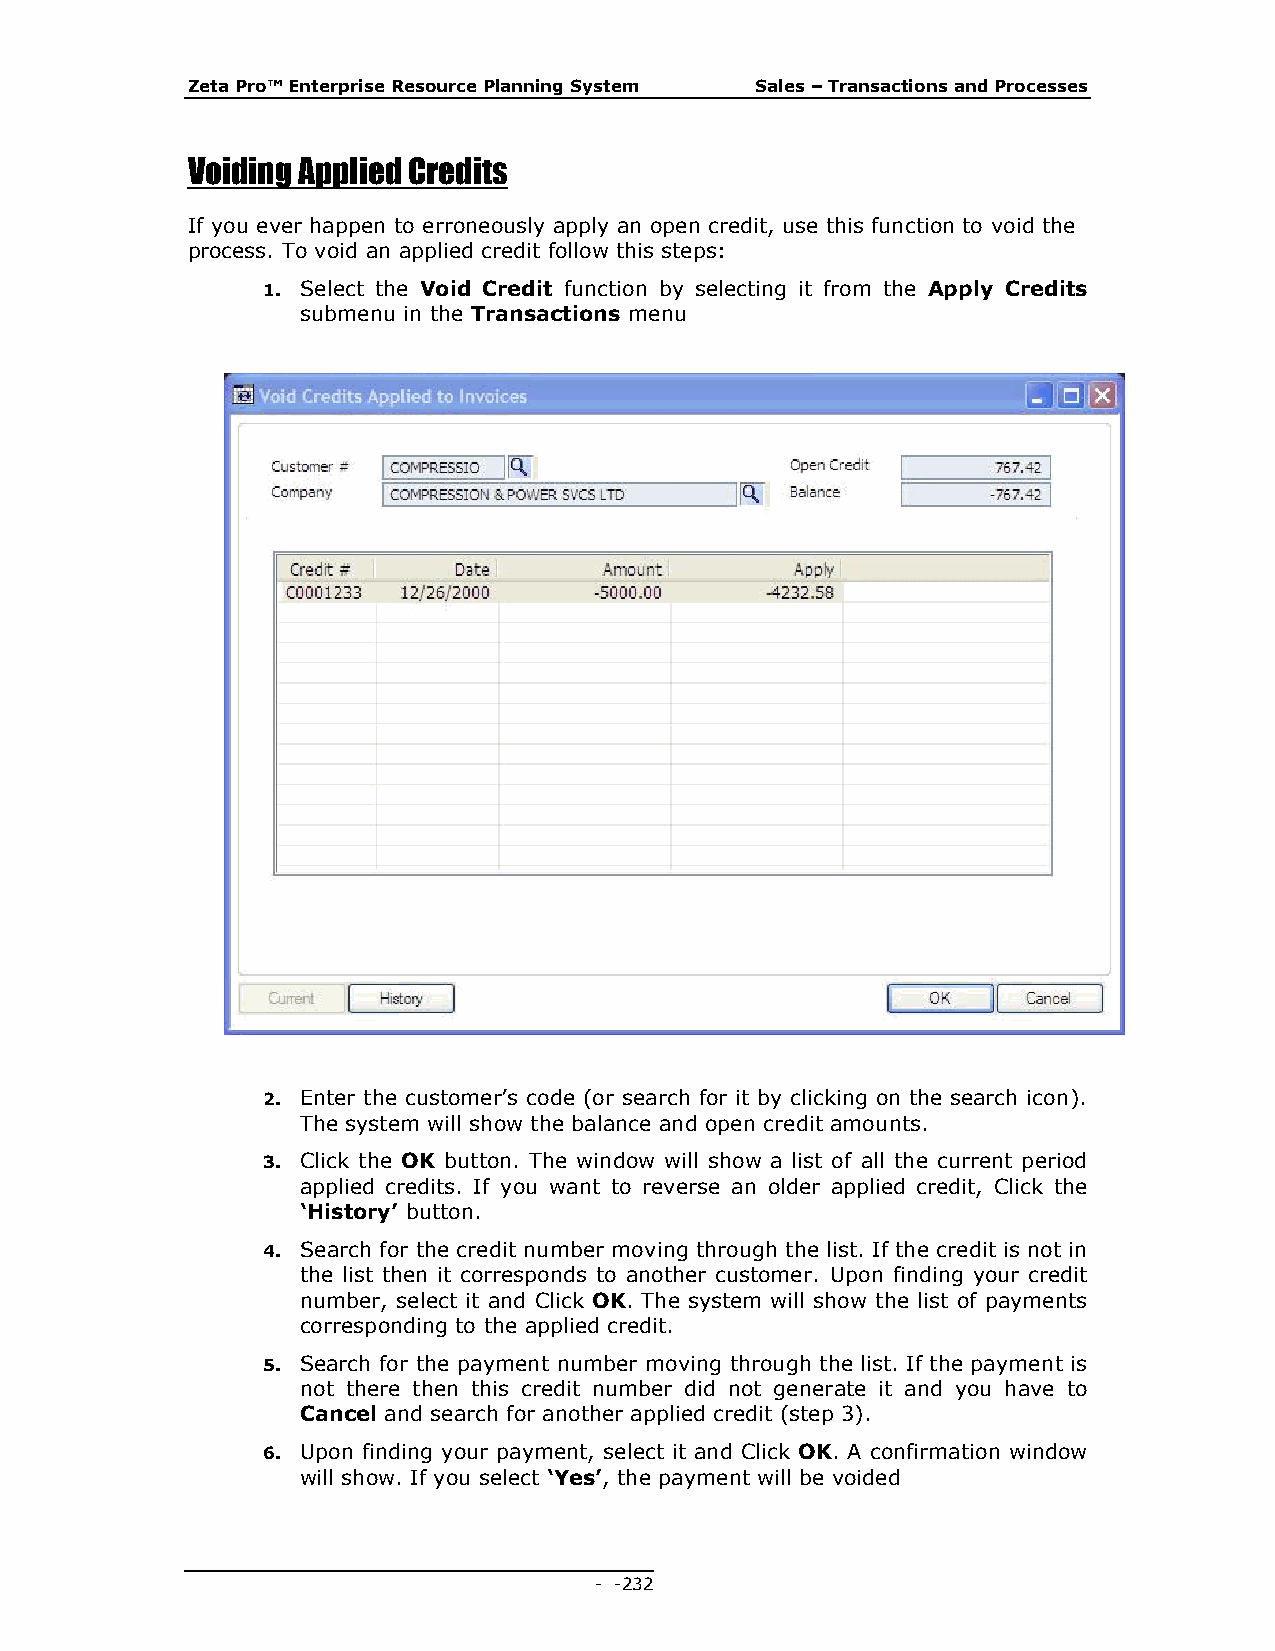
Zeta Pro™ Enterprise Resource Planning System Sales – Transactions and Processes
 Voiding Applied Credits
 If you ever happen to erroneously apply an open credit, use this function to void the
 process. To void an applied credit follow this steps:
 1. Select the Void Credit function by selecting it from the Apply Credits
 submenu in the Transactions menu
 2. Enter the customer’s code (or search for it by clicking on the search icon).
 The system will show the balance and open credit amounts.
 3. Click the OK button. The window will show a list of all the current period
 applied credits. If you want to reverse an older applied credit, Click the
 ‘History’ button.
 4. Search for the credit number moving through the list. If the credit is not in
 the list then it corresponds to another customer. Upon finding your credit
 number, select it and Click OK. The system will show the list of payments
 corresponding to the applied credit.
 5. Search for the payment number moving through the list. If the payment is
 not there then this credit number did not generate it and you have to
 Cancel and search for another applied credit (step 3).
 6. Upon finding your payment, select it and Click OK. A confirmation window
 will show. If you select ‘Yes’, the payment will be voided
 - - 232